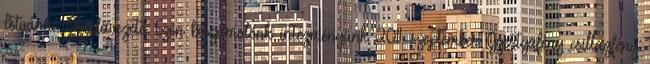
Istvánné Óvodavezető Ezen beszámolónk intézményünk 2011. szeptember Gyertyafény csillagfény